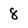
Character: 8